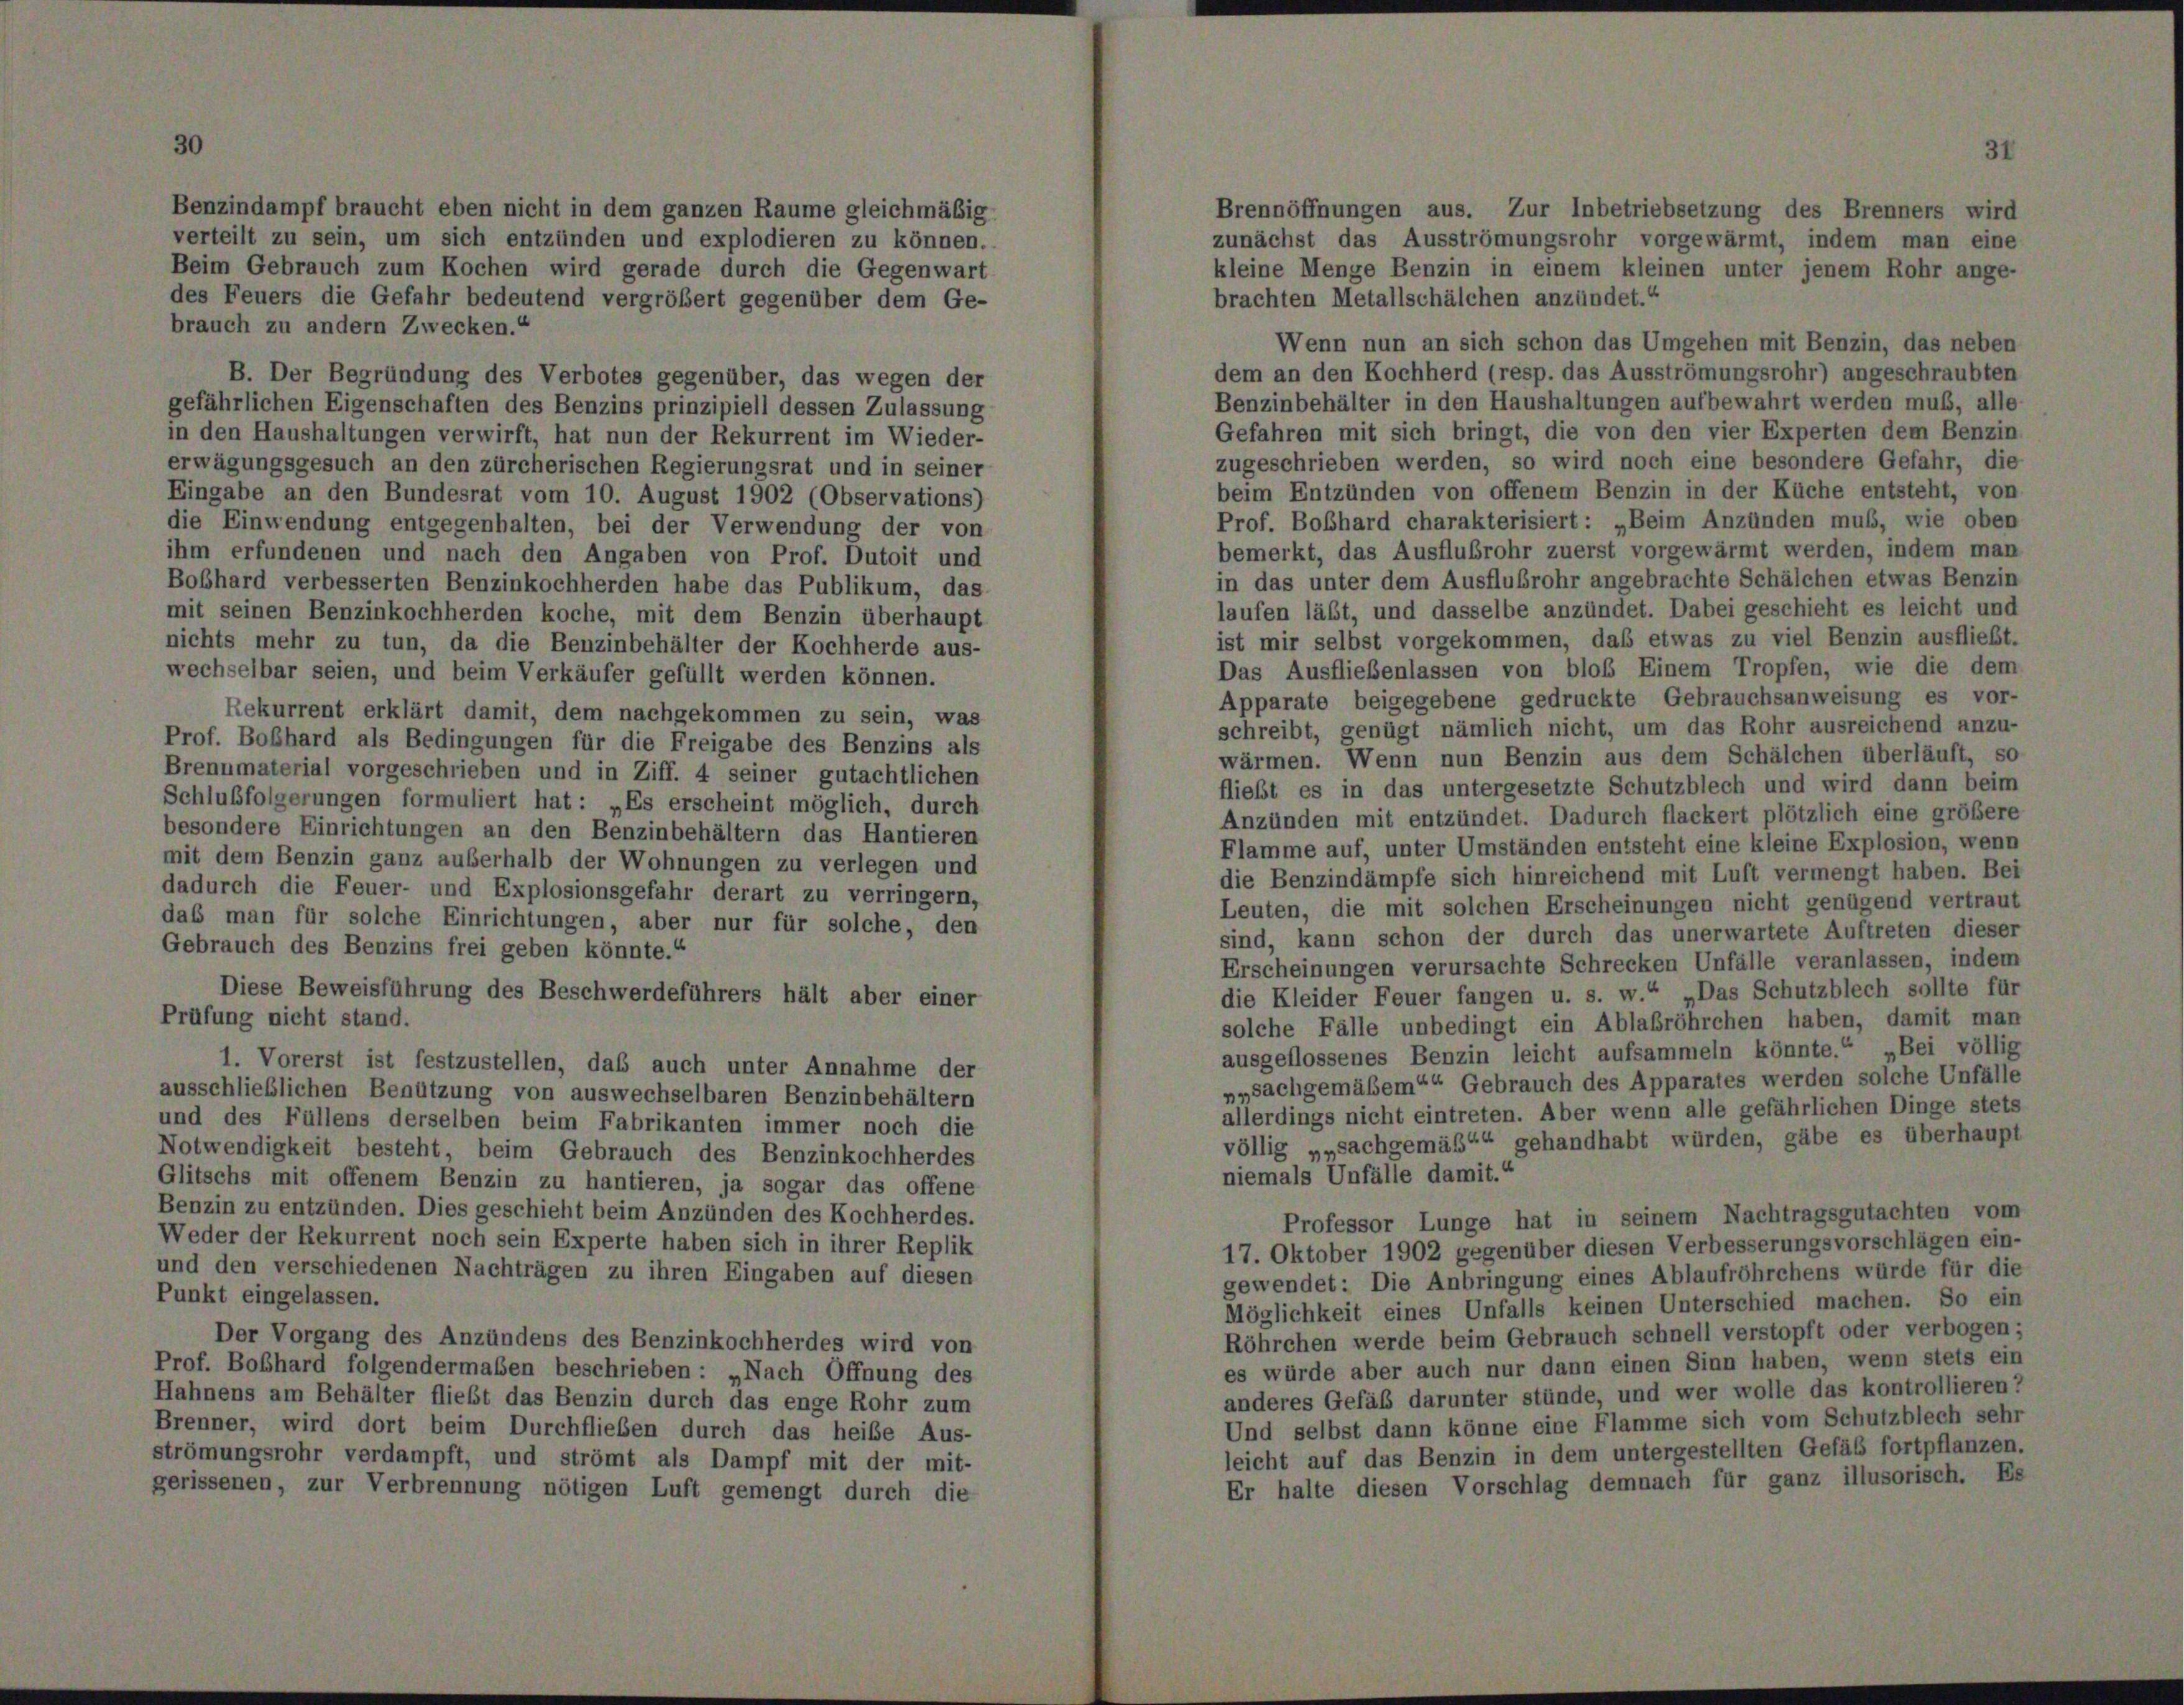
Prüfung nich

t in dem ganzen Raume gleichmäßig

ilt zu sein, um sich entzünden und explodieren zu können.
Gebrauch zum Kochen wird gerade durch die Gegenwart
euers die Gefahr bedeutend vergrößert gegenüber

B. Der Begründung des Verbotes gegenüber, das wegen der
gefährlichen Eigenschaften des Benzins prinzipiell dessen Zulassung
in den Haushaltungen verwirft, hat nun der Rekurrent im Wieder-
erwägungsgesuch an den zürcherischen Regierungsrat und in seiner
Eingabe an den Bundesrat vom 10. August 1902 (Observations)
die Einwendung entgegenhalten, bei der Verwendung der von
ihm erfundenen und nach den Angaben von Prof. Dutoit und
Boßhard verbesserten Benzinkochherden habe das Publikum, das
mit seinen Benzinkochherden koche, mit dem Benzin überhaupt
nichts mehr zu tun, da die Benzinbehälter der Kochherde aus-
wechselbar seien, und beim Verkäufer gefüllt werden können.
Rekurrent erklärt damit, dem nachgekommen zu sein, was
Prof. Boßhard als Bedingungen für die Freigabe des Benzins als
Brennmaterial vorgeschrieben und in Ziff. 4 seiner gutachtlichen
Schlußfolgerungen formuliert hat: „Es erscheint möglich, durch
besondere Einrichtungen an den Benzinbehältern das Hantieren
mit dem Benzin ganz außerhalb der Wohnungen zu verlegen und
dadurch die Feuer- und Explosionsgefahr derart zu verringern,
daß man für solche Einrichtungen, aber nur für solche, den
Gebrauch des Benzins frei geben könnte.“
Diese Beweisführung des Beschwerdeführers hält aber e

1. Vorerst ist festzustellen, daß auch unter Annahme der
ausschlieblichen Benützung von auswechselbaren Benzinbehältern
und des Füllens derselben beim Fabrikanten immer noch die
Notwendigkeit besteht, beim Gebrauch des Benzinkochherdes
Glitschs mit offenem Benzin zu hantieren, ja sogar das offene
Benzin zu entzünden. Dies geschieht beim Anzünden des Kochherdes.
Weder der Rekurrent noch sein Experte haben sich in ihrer Replik
und den verschiedenen Nachträgen zu ihren Eingaben auf diesen
Punkt eingelassen.
Der Vorgang des Anzündens des Benzinkochherdes wird von
Prof. Boßhard folgendermaßen beschrieben: „Nach Öffnung des
Hahnens am Behälter fließt das Benzin durch das enge Rohr zum
Brenner, wird dort beim Durchflieben durch das heiße Aus-
strömungsrohr verdampft, und strömt als Dampf mit der mit-
gerissenen, zur Verbrennung nötigen Luft gemengt durch die

ennöffnungen aus. Zur Inbetriebsetzung
unächst das Ausströmungsrohr vorgewärn
eine Menge Benzin in einem kleinen unt
rachten Metallschälchen anzündet.“

Wenn nun an sich schon das Umgehen mit Benzin, das neben
dem an den Kochherd (resp. das Ausströmungsrohr) angeschraubten
Benzinbehälter in den Haushaltungen aufbewahrt werden muß, alle
Gefahren mit sich bringt, die von den vier Experten dem Benzin
zugeschrieben werden, so wird noch eine besondere Gefahr, die
beim Entzünden von offenem Benzin in der Küche entsteht, von
Prof. Boßhard charakterisiert: „Beim Anzünden muss, wie oben
bemerkt, das Ausflubrohr zuerst vorgewärmt werden, indem man
in das unter dem Ausflußrohr angebrachte Schälchen etwas Benzin
laufen läßt, und dasselbe anzündet. Dabei geschieht es leicht und
ist mir selbst vorgekommen, daß etwas zu viel Benzin ausfließt.
Das Ausfließenlassen von bloß Einem Tropfen, wie die dem
Apparate beigegebene gedruckte Gebrauchsanweisung es vor-
schreibt, genügt nämlich nicht, um das Rohr ausreichend anzu-
wärmen. Wenn nun Benzin aus dem Schälchen überläuft, so
fließt es in das untergesetzte Schutzblech und wird dann beim
Anzünden mit entzündet. Dadurch flackert plötzlich eine größere
Flamme auf, unter Umständen entsteht eine kleine Explosion, wenn
die Benzindämpfe sich hinreichend mit Luft vermengt haben. Bei
Leuten, die mit solchen Erscheinungen nicht genügend vertraut
sind, kann schon der durch das unerwartete Auftreten dieser
Erscheinungen verursachte Schrecken Unfälle veranlassen, indem
die Kleider Feuer fangen u. s. w.“ „Das Schutzblech sollte für
solche Fälle unbedingt ein Ablabröhrchen haben, damit man
ausgeflossenes Benzin leicht aufsammeln könnte.“ „Bei völlig
»„sachgemäbem““ Gebrauch des Apparates werden solche Unfälle
allerdings nicht eintreten. Aber wenn alle gefährlichen Dinge stets
völlig „„sachgemäß““ gehandhabt würden, gäbe es überhaupt
niemals Unfälle damit.“

Professor Lunge hat in seinem Nachtragsgutachten
17. Oktober 1902 gegenüber diesen Verbesserungsvorschlägen
gewendet: Die Anbringung eines Ablaufröhrchens würde für
Möglichkeit eines Unfalls keinen Unterschied machen. So
Röhrchen werde beim Gebrauch schnell verstopft oder verbot
es würde aber auch nur dann einen Sinn haben, wenn stets
anderes Gefäß darunter stünde, und wer wolle das kontrollie
Und selbst dann könne eine Flamme sich vom Schutzblech
leicht auf das Benzin in dem untergestellten Gefäß fortpflan
Er halte diesen Vorschlag demnach für ganz illusorisch.